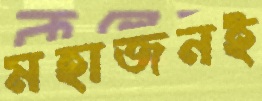
মহাজনই